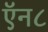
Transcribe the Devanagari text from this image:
ऍन८